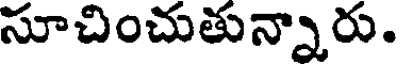
సూచించుతున్నారు.